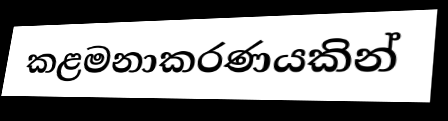
කළමනාකරණයකින්